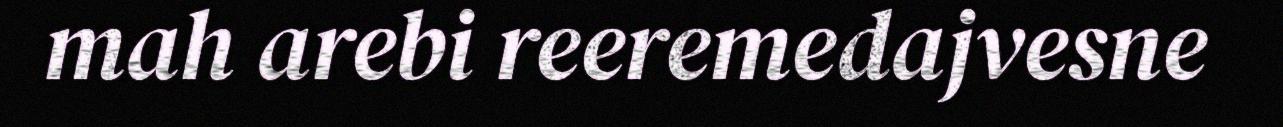
mah arebi reeremedajvesne